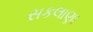
સકલાણા